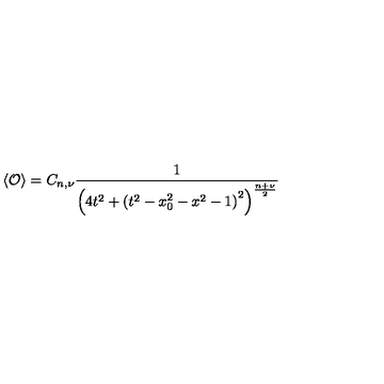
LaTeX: \left\langle \mathcal { O } \right\rangle = C _ { n , \nu } \frac { 1 } { \left( 4 t ^ { 2 } + \left( t ^ { 2 } - x _ { 0 } ^ { 2 } - x ^ { 2 } - 1 \right) ^ { 2 } \right) ^ { \frac { n + \nu } { 2 } } }